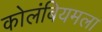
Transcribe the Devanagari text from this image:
कोलंबियमला